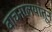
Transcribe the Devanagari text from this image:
वाचनालयांतून